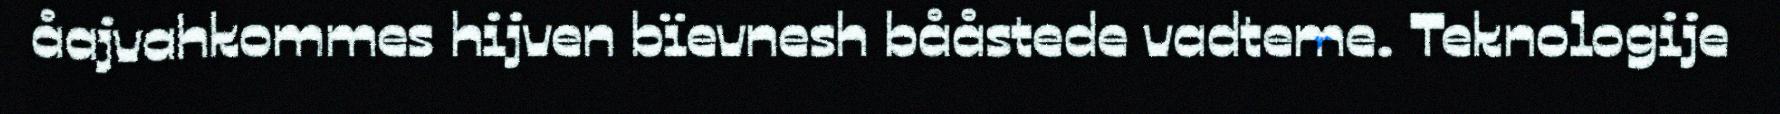
åajvahkommes hijven bïevnesh bååstede vadteme. Teknologije